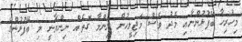
މިހުރިހާ ބޭފުޅުންނާއި މެދު ވެސް މަޖިލީހުން ނިންމާ ގޮތެއް ނިންމާނީ މި ބޭފުޅުންގެ